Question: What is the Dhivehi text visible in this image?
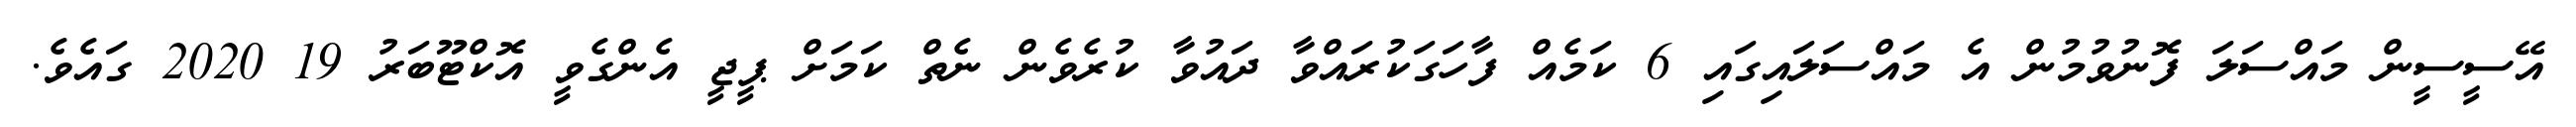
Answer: އޭސީސީން މައްސަލަ ފޮނުވުމުން އެ މައްސަލައިގައި 6 ކަމެއް ފާހަގަކުރައްވާ ދައުވާ ކުރެވެން ނެތް ކަމަށް ޕީޖީ އެންގެވީ އޮކްޓޫބަރު 19 2020 ގައެވެ.